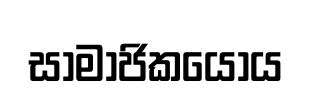
සාමාජිකයෝය